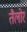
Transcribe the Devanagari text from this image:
तैलोर